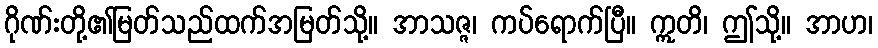
ဂိုဏ်းတို့၏မြတ်သည်ထက်အမြတ်သို့။ အာသဇ္ဇ၊ ကပ်ရောက်ပြီ။ ဣတိ၊ ဤသို့။ အာဟ၊